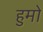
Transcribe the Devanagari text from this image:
हुमो